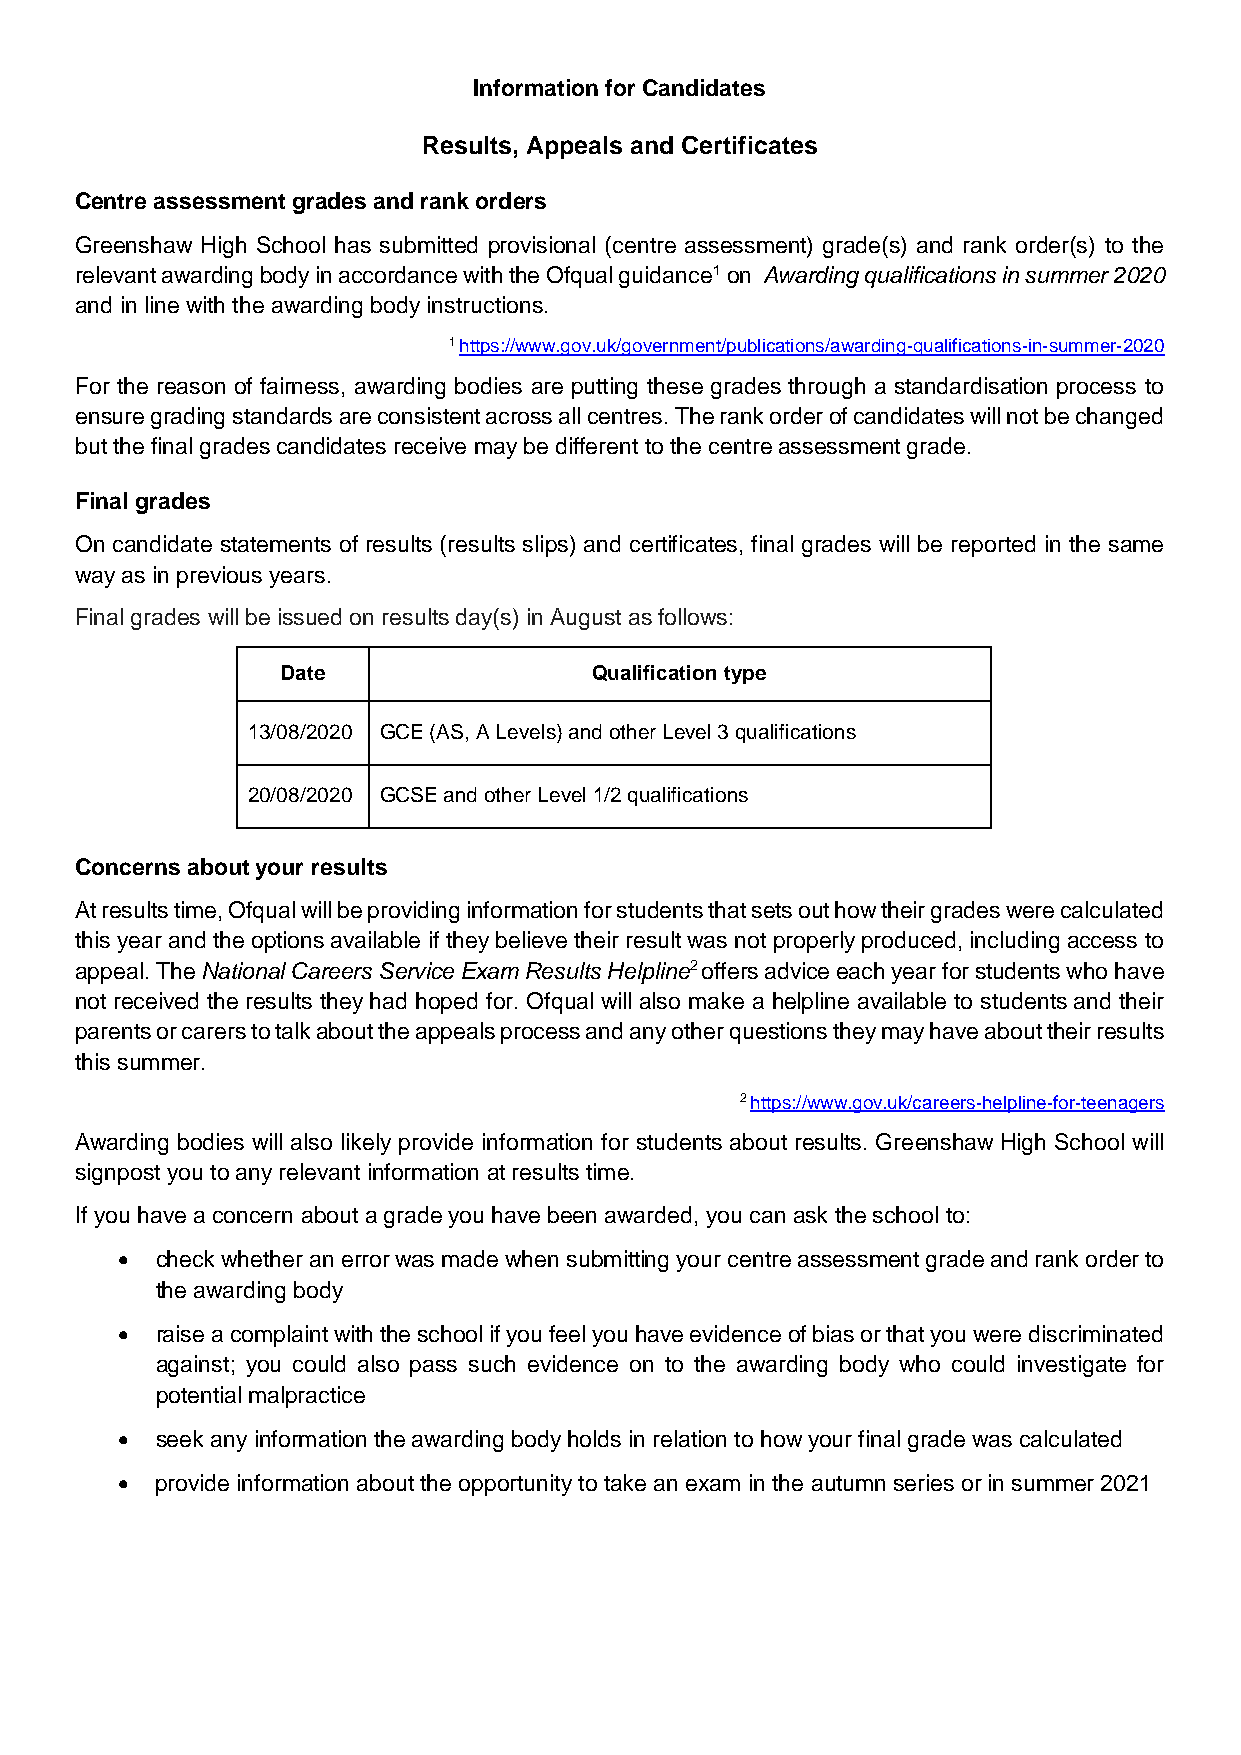
Information for Candidates
 Results, Appeals and Certificates
 Centre assessment grades and rank orders
 Greenshaw High School has submitted provisional (centre assessment) grade(s) and rank order(s) to the
 relevant awarding body in accordance with the Ofqual guidance1 on Awarding qualifications in summer 2020
 and in line with the awarding body instructions.
 1 https://www.gov.uk/government/publications/awarding-qualifications-in-summer-2020
 For the reason of fairness, awarding bodies are putting these grades through a standardisation process to
 ensure grading standards are consistent across all centres. The rank order of candidates will not be changed
 but the final grades candidates receive may be different to the centre assessment grade.
 Final grades
 On candidate statements of results (results slips) and certificates, final grades will be reported in the same
 way as in previous years.
 Final grades will be issued on results day(s) in August as follows:
 Date                Qualification type
 13/08/2020 GCE (AS, A Levels) and other Level 3 qualifications
 20/08/2020 GCSE and other Level 1/2 qualifications
 Concerns about your results
 At results time, Ofqual will be providing information for students that sets out how their grades were calculated
 this year and the options available if they believe their result was not properly produced, including access to
 appeal. The National Careers Service Exam Results Helpline2 offers advice each year for students who have
 not received the results they had hoped for. Ofqual will also make a helpline available to students and their
 parents or carers to talk about the appeals process and any other questions they may have about their results
 this summer.
 2 https://www.gov.uk/careers-helpline-for-teenagers
 Awarding bodies will also likely provide information for students about results. Greenshaw High School will
 signpost you to any relevant information at results time.
 If you have a concern about a grade you have been awarded, you can ask the school to:
  check whether an error was made when submitting your centre assessment grade and rank order to
 the awarding body
  raise a complaint with the school if you feel you have evidence of bias or that you were discriminated
 against; you could also pass such evidence on to the awarding body who could investigate for
 potential malpractice
  seek any information the awarding body holds in relation to how your final grade was calculated
  provide information about the opportunity to take an exam in the autumn series or in summer 2021